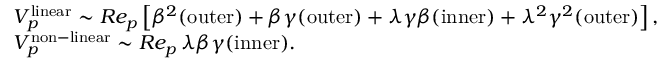
\begin{array} { r l } & { V _ { p } ^ { \mathrm { l i n e a r } } \sim R e _ { p } \left[ \beta ^ { 2 } ( \mathrm { o u t e r } ) + \beta \gamma ( \mathrm { o u t e r } ) + \lambda \gamma \beta ( \mathrm { i n n e r } ) + \lambda ^ { 2 } \gamma ^ { 2 } ( \mathrm { o u t e r } ) \right] , } \\ & { V _ { p } ^ { \mathrm { n o n - l i n e a r } } \sim R e _ { p } \, \lambda \beta \gamma ( \mathrm { i n n e r } ) . } \end{array}